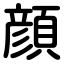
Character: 顔